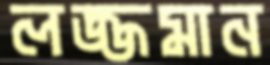
লজ্জমান